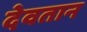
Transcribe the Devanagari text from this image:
देवतान